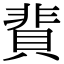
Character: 䩀